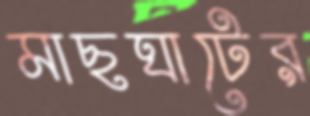
মাছঘাটের